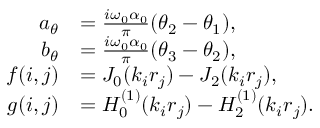
\begin{array} { r l } { a _ { \theta } } & { = \frac { i \omega _ { 0 } \alpha _ { 0 } } { \pi } ( \theta _ { 2 } - \theta _ { 1 } ) , } \\ { b _ { \theta } } & { = \frac { i \omega _ { 0 } \alpha _ { 0 } } { \pi } ( \theta _ { 3 } - \theta _ { 2 } ) , } \\ { f ( i , j ) } & { = J _ { 0 } ( k _ { i } r _ { j } ) - J _ { 2 } ( k _ { i } r _ { j } ) , } \\ { g ( i , j ) } & { = H _ { 0 } ^ { ( 1 ) } ( k _ { i } r _ { j } ) - H _ { 2 } ^ { ( 1 ) } ( k _ { i } r _ { j } ) . } \end{array}